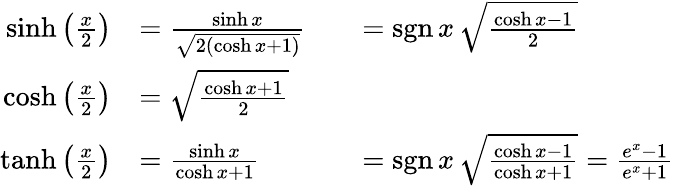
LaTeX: {\begin{array}{rlrl}{\sinh\left({\frac{x}{2}}\right)}&{={\frac{\sinh x}{\sqrt{2(\cosh x+1)}}}}&&{=\operatorname{sgn}x\, {\sqrt{\frac{\cosh x-1}{2}}}}\\ {\cosh\left({\frac{x}{2}}\right)}&{={\sqrt{\frac{\cosh x+1}{2}}}}\\ {\operatorname{tanh}\left({\frac{x}{2}}\right)}&{={\frac{\sinh x}{\cosh x+1}}}&&{=\operatorname{sgn}x\, {\sqrt{\frac{\cosh x-1}{\cosh x+1}}}={\frac{e^{x}-1}{e^{x}+1}}}\end{array}}